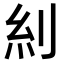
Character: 𠛩